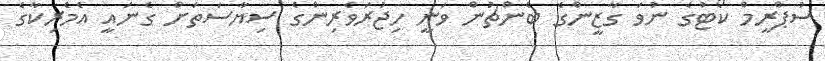
ސުޕްރީމް ކޯޓުގެ ނުވަ ގާޒީންގެ ބެންޗުން ވަނީ ހިޖުރަވެރިންގެ ސިޔާސަތަށް ގެނައީ އެމެރިކާގެ